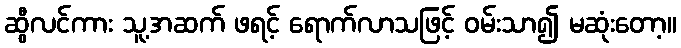
ဆွီလင်ကား သူ့အဆက် ဖရင့် ရောက်လာသဖြင့် ဝမ်းသာ၍ မဆုံးတော့။